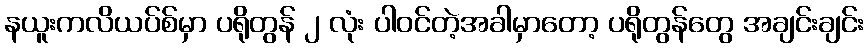
နယူးကလိယပ်စ်မှာ ပရိုတွန် ၂ လုံး ပါဝင်တဲ့အခါမှာတော့ ပရိုတွန်တွေ အချင်းချင်း